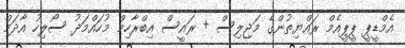
އެމްޑީޕީ ޕީޕީއެމް ރައްޔިތުންގެ މަޖިލިސް + ރައީސް އިބްރާހިމް މުހައްމަދު ސޯލިހު އާދަމް